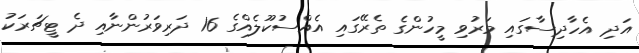
އަދި އެހާދިސާގައި މަރުވި މީހުންގެ ތެރޭގައި އެއްސުކޫލެއްގެ 16 ދަރިވަރުންނާއި ދެ ޓީޗަރަކު